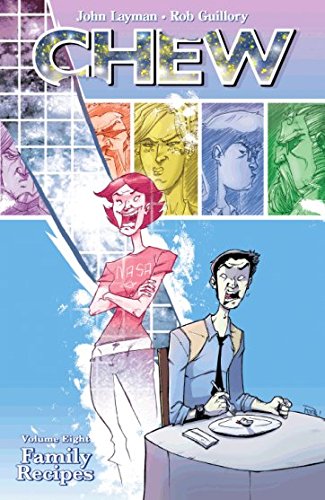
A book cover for Chew Volume 8: Family Recipes TP; John Layman; Comics & Graphic Novels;